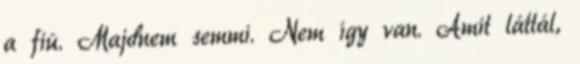
a fiú. Majdnem semmi. Nem így van. Amit láttál,